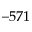
- 5 7 1